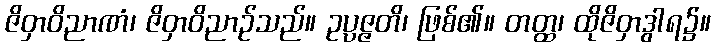
ဇိဝှာဝိညာဏံ၊ ဇိဝှာဝိညာဉ်သည်။ ဥပ္ပဇ္ဇတိ၊ ဖြစ်၏။ တတ္ထ၊ ထိုဇိဝှာဒွါရ၌။